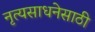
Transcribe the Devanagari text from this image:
नृत्यसाधनेसाठी